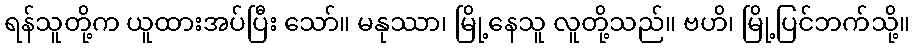
ရန်သူတို့က ယူထားအပ်ပြီး သော်။ မနုဿာ၊ မြို့နေသူ လူတို့သည်။ ဗဟိ၊ မြို့ပြင်ဘက်သို့။